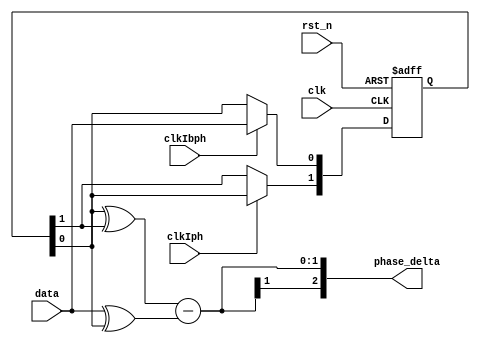
////////////////////////////////////////////////////////////////////////////////////
//                                                                                //
// Module : Phase detector for RX CDR                                             //
//                                                                                //
//                                                                                //
// Copyright Superlative Semiconductor LLC 2021                                   //
// This source describes Open Hardware and is licensed under the CERN-OHL-P v2    //
// You may redistribute and modify this documentation and make products           //
// using it under the terms of the CERN-OHL-P v2 (https:/cern.ch/cern-ohl).       //
// This documentation is distributed WITHOUT ANY EXPRESS OR IMPLIED               //
// WARRANTY, INCLUDING OF MERCHANTABILITY, SATISFACTORY QUALITY                   //
// AND FITNESS FOR A PARTICULAR PURPOSE. Please see the CERN-OHL-P v2             //
// for applicable conditions.                                                     //
//                                                                                //
// Description:                                                                   //
//        This is a combinational-logic-only linear phase detector in the digital //
//        domain.                                                                 //
//                                                                                //
//                                                                                //
////////////////////////////////////////////////////////////////////////////////////

module cr_phase_det
    (
        //Inputs
        input        wire                        data,
        input        wire                        clk,
        input        wire                        rst_n,
        input        wire                        clkIph,
        input        wire                        clkIbph,
        //Outputs
        output       wire    signed     [2:0]    phase_delta
    );
    
    // Parameter and localparam declarations
    //    Register and wire declarations
    
    reg     [1:0]    data_mem;
    // Combinational assignments
    
    assign    phase_delta        =  {2'b0,data_mem[0]^data_mem[1]} - {2'b0,data^data_mem[0]};
    
    // always @(*) block for conditional combinational logic
    
    always @(posedge clk or negedge rst_n) begin
        if(!rst_n) begin
            data_mem    <=    2'b0;
        end else begin
            if (clkIph) begin                    //Be careful, using this method results in data changing one cycle after we intended it to in Octave code
                data_mem[1]    <=    data_mem[0];
                               
            end
            if (clkIbph) begin
                data_mem[0]    <=    data;
                               
            end
        end
    end
        
endmodule